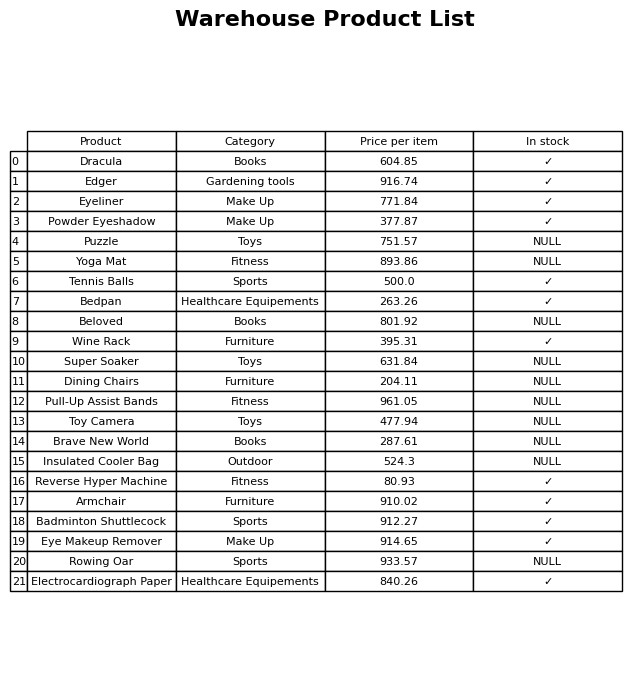
question: What is the price for Armchair?
answer: The price of Armchair is 910.02.